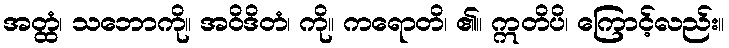
အတ္ထံ၊ သဘောကို။ အဝိဒိတံ၊ ကို။ ကရောတိ၊ ၏။ ဣတိပိ၊ ကြောင့်လည်း။